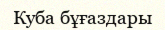
Куба бұғаздары